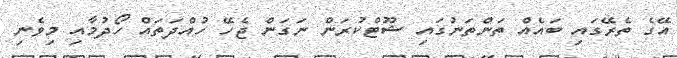
އޭގެ ތެރޭގައި ބައެއް ތަންތަނުގައި ޝޫޓްކުރަން ނަގަން ޖެހޭ ހުއްދަތައް ހޯދުމާއި މިވެނި